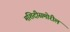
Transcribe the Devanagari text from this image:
मशिदीसमोरील